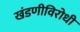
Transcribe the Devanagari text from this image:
खंडणीविरोधी